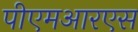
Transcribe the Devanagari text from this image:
पीएमआरएस